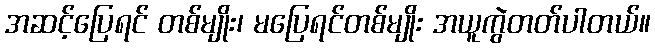
အဆင့်ပြေရင် တစ်မျိုး၊ မပြေရင်တစ်မျိုး အယူကွဲတတ်ပါတယ်။